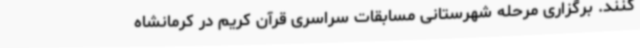
کنند. برگزاری مرحله شهرستانی مسابقات سراسری قرآن کریم در کرمانشاه